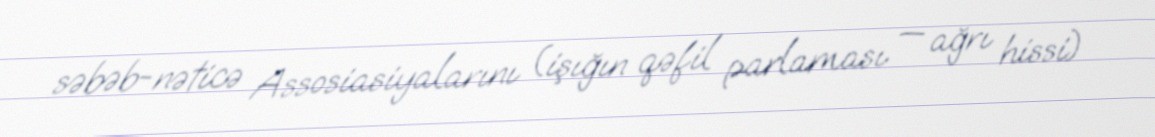
səbəb-nəticə Assosiasiyalarını (işığın qəfil parlaması — ağrı hissi)